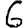
Digit: 6